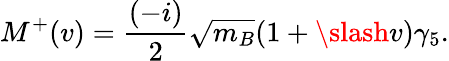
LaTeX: M^{+}(v)=\frac{(-i)}{2}\sqrt{m_{B}}(1+\slash{v})\gamma_{5}.